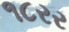
૧૮રર